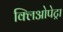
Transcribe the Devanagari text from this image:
क्लिओपेट्रा